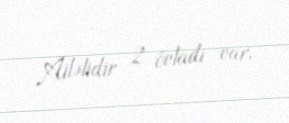
Ailəlidir 2 övladı var.